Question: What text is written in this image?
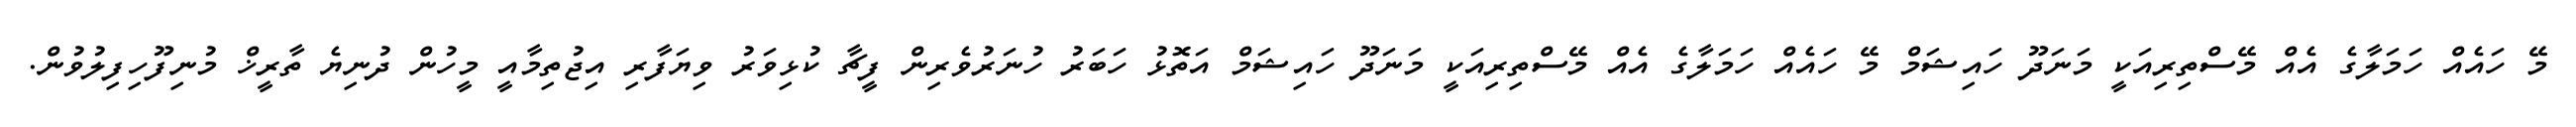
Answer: މޭ ހައެއް ހަމަލާގެ އެއް މޭސްތިރިއަކީ މަނަދޫ ހައިޝަމް މޭ ހައެއް ހަމަލާގެ އެއް މޭސްތިރިއަކީ މަނަދޫ ހައިޝަމް އަތޮޅު ހަބަރު ހުނަރުވެރިން ފީޗާ ކުޅިވަރު ވިޔަފާރި އިޖުތިމާއީ މީހުން ދުނިޔެ ތާރީޚް މުނިފޫހިފިލުވުން.